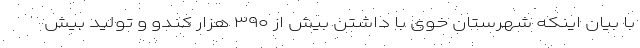
با بیان اینکه شهرستان خوی با داشتن بیش از ۳۹۰ هزار کندو و تولید بیش